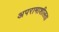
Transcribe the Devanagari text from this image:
अपरामाशीलता